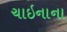
ચાઇનાના